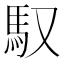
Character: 馭